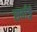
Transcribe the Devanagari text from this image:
सर्वाङ्गं